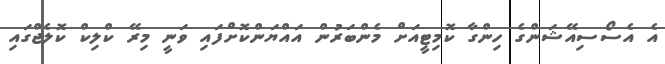
އެ އެސޯސިއޭޝަންގެ ހިންގާ ކޮމިޓީއަށް މެންބަރުން އައްޔަންކޮށްފައި ވަނީ މިރޭ ކްލިކް ކޮލެޖްގައި